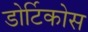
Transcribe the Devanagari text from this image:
डोर्टिकोस